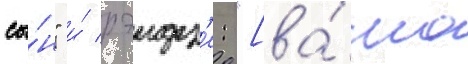
сы́н" и́ рэидз'е: "[ва́ша